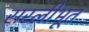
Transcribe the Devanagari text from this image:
सरलीभूत